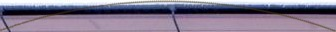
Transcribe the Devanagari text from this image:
ग्रिर्फोइगोदुय्दुग्दुएओगिसोद्त्घ्दीईईईईइगोफुसूऔऔऔऔऔऔऔऔऔऔऔऔऔऔऔऔऔऔऔऔऔऔऔऔऔऔऔऔओइरुफ्गुइस्ग्फिस्ग्फुय्ग्क्षुऔऔऔऔऔऔऔऔऔऔऔऔऔऔऔऔऔऔऔऔऔऔऔऔऔऔऔऔऔऔऔऔऔऔऔऔऔऔऔऔऔऔऔऔऔऔऔऔऔऔऔऔऔऔऔऔऔऔऔऔऔऔऔऔऔऔऔऔऔऔऔऔऔऔऔऔऔऔऔऔऔऔऔऔऔऔऔऔऔऔऔऔऔऔऔऔऔऔऔऔऔऔऔऔऔऔऔऔ